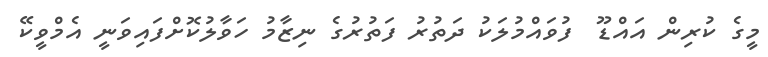
މީގެ ކުރިން އައްޑޫ  ފުވައްމުލަކު ދަތުރު ފަތުރުގެ ނިޒާމު ހަވާލުކޮށްފައިވަނީ އެމްވީކޭ